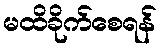
မထိခိုက်စေရန်